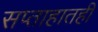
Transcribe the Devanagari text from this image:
सप्ताहातही